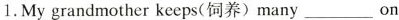
1.My grandmother keeps(饲养)many___on